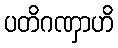
ပတိဂဏှာဟိ